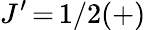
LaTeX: J^{\prime}\, {=}\, 1/2(+)